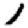
Digit: 1